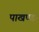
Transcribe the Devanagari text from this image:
पाखण्ड।